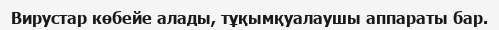
Вирустар көбейе алады, тұқымқуалаушы аппараты бар.